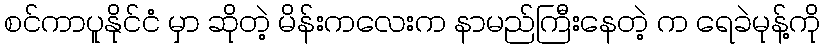
စင်ကာပူနိုင်ငံ မှာ ဆိုတဲ့ မိန်းကလေးက နာမည်ကြီးနေတဲ့ က ရေခဲမုန့်ကို